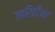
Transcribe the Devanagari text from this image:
जारिहीअत